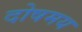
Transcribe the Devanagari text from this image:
दोषमय